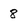
Character: 8